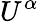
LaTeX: U^{\alpha}